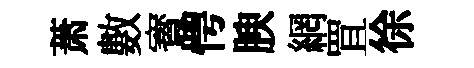
萧數寳愕腴網罝徐